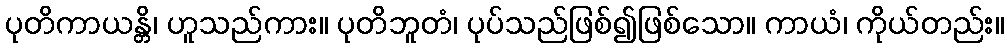
ပုတိကာယန္တိ၊ ဟူသည်ကား။ ပုတိဘူတံ၊ ပုပ်သည်ဖြစ်၍ဖြစ်သော။ ကာယံ၊ ကိုယ်တည်း။